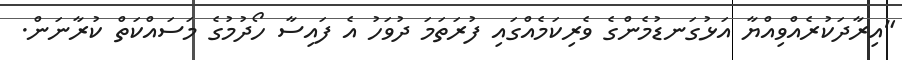
"އިރާދަކުރެއްވިއްޔާ އަޅުގަނޑުމެންގެ ވެރިކަމެއްގައި ފުރަތަމަ ދުވަހު އެ ފައިސާ ހޯދުމުގެ މަސަައްކަތް ކުރާނަން.